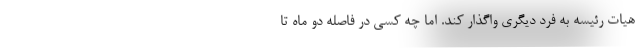
هیات رئیسه به فرد دیگری واگذار کند. اما چه کسی در فاصله دو ماه تا